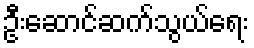
ဦးဆောင်ဆက်သွယ်ရေး